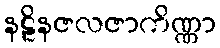
နဠိနဇလဇာကိဏ္ဏာ